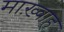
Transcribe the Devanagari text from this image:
माख़्वाह